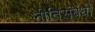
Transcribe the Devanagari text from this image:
नीतिसंबंधी